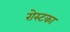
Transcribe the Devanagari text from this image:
रोस्टका